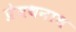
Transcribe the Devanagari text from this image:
प्रेमथनाथ